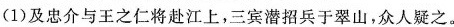
(1)及忠介与王之仁将赴江上，三宾潜招兵于翠山，众人疑之。